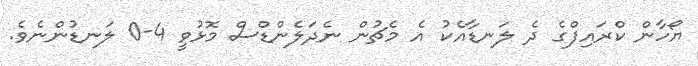
ޔޯހާން ކްރައިފްގެ ދެ ލަނޑާއެކު އެ މެޗުން ނެދަލެންޑްސް މޮޅުވީ 4-0 ލަނޑުންނެވެ.